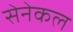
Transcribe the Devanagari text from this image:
सेनेकल